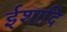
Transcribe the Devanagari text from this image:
ईशादि